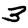
Digit: 3